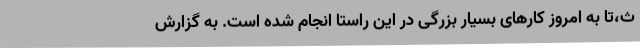
ث،تا به امروز کارهای بسیار بزرگی در این راستا انجام شده است. به گزارش